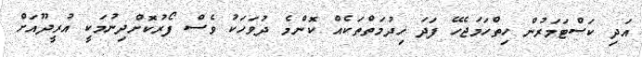
އަދި ކަސްޓަމަރުން ހިތްހަމަޖެހޭ ފަަދަ ހިދުމަތްތަކެއް ކޮންމެ ދުވަހަކު ވެސް ފޯރުކޮށްދިނުމަކީ އުރީދޫއަށް